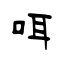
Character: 咡